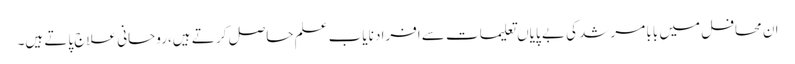
ان محافل میں بابا مرشد کی بے پایاں تعلیمات سے افراد نایاب علم حاصل کر تے ہیں،روحانی علاج پاتے ہیں۔